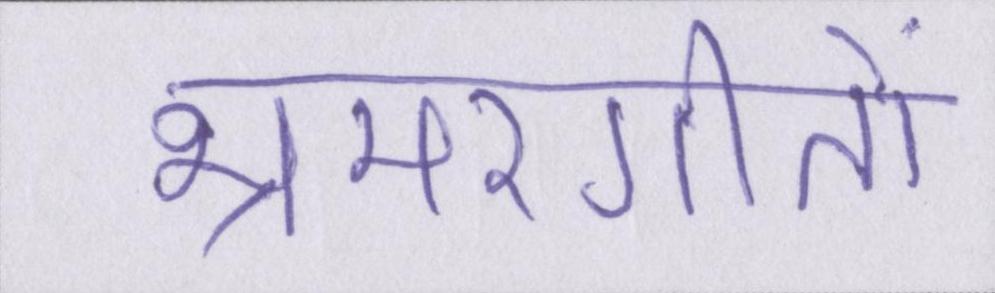
भ्रमरगीतों